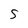
Character: S